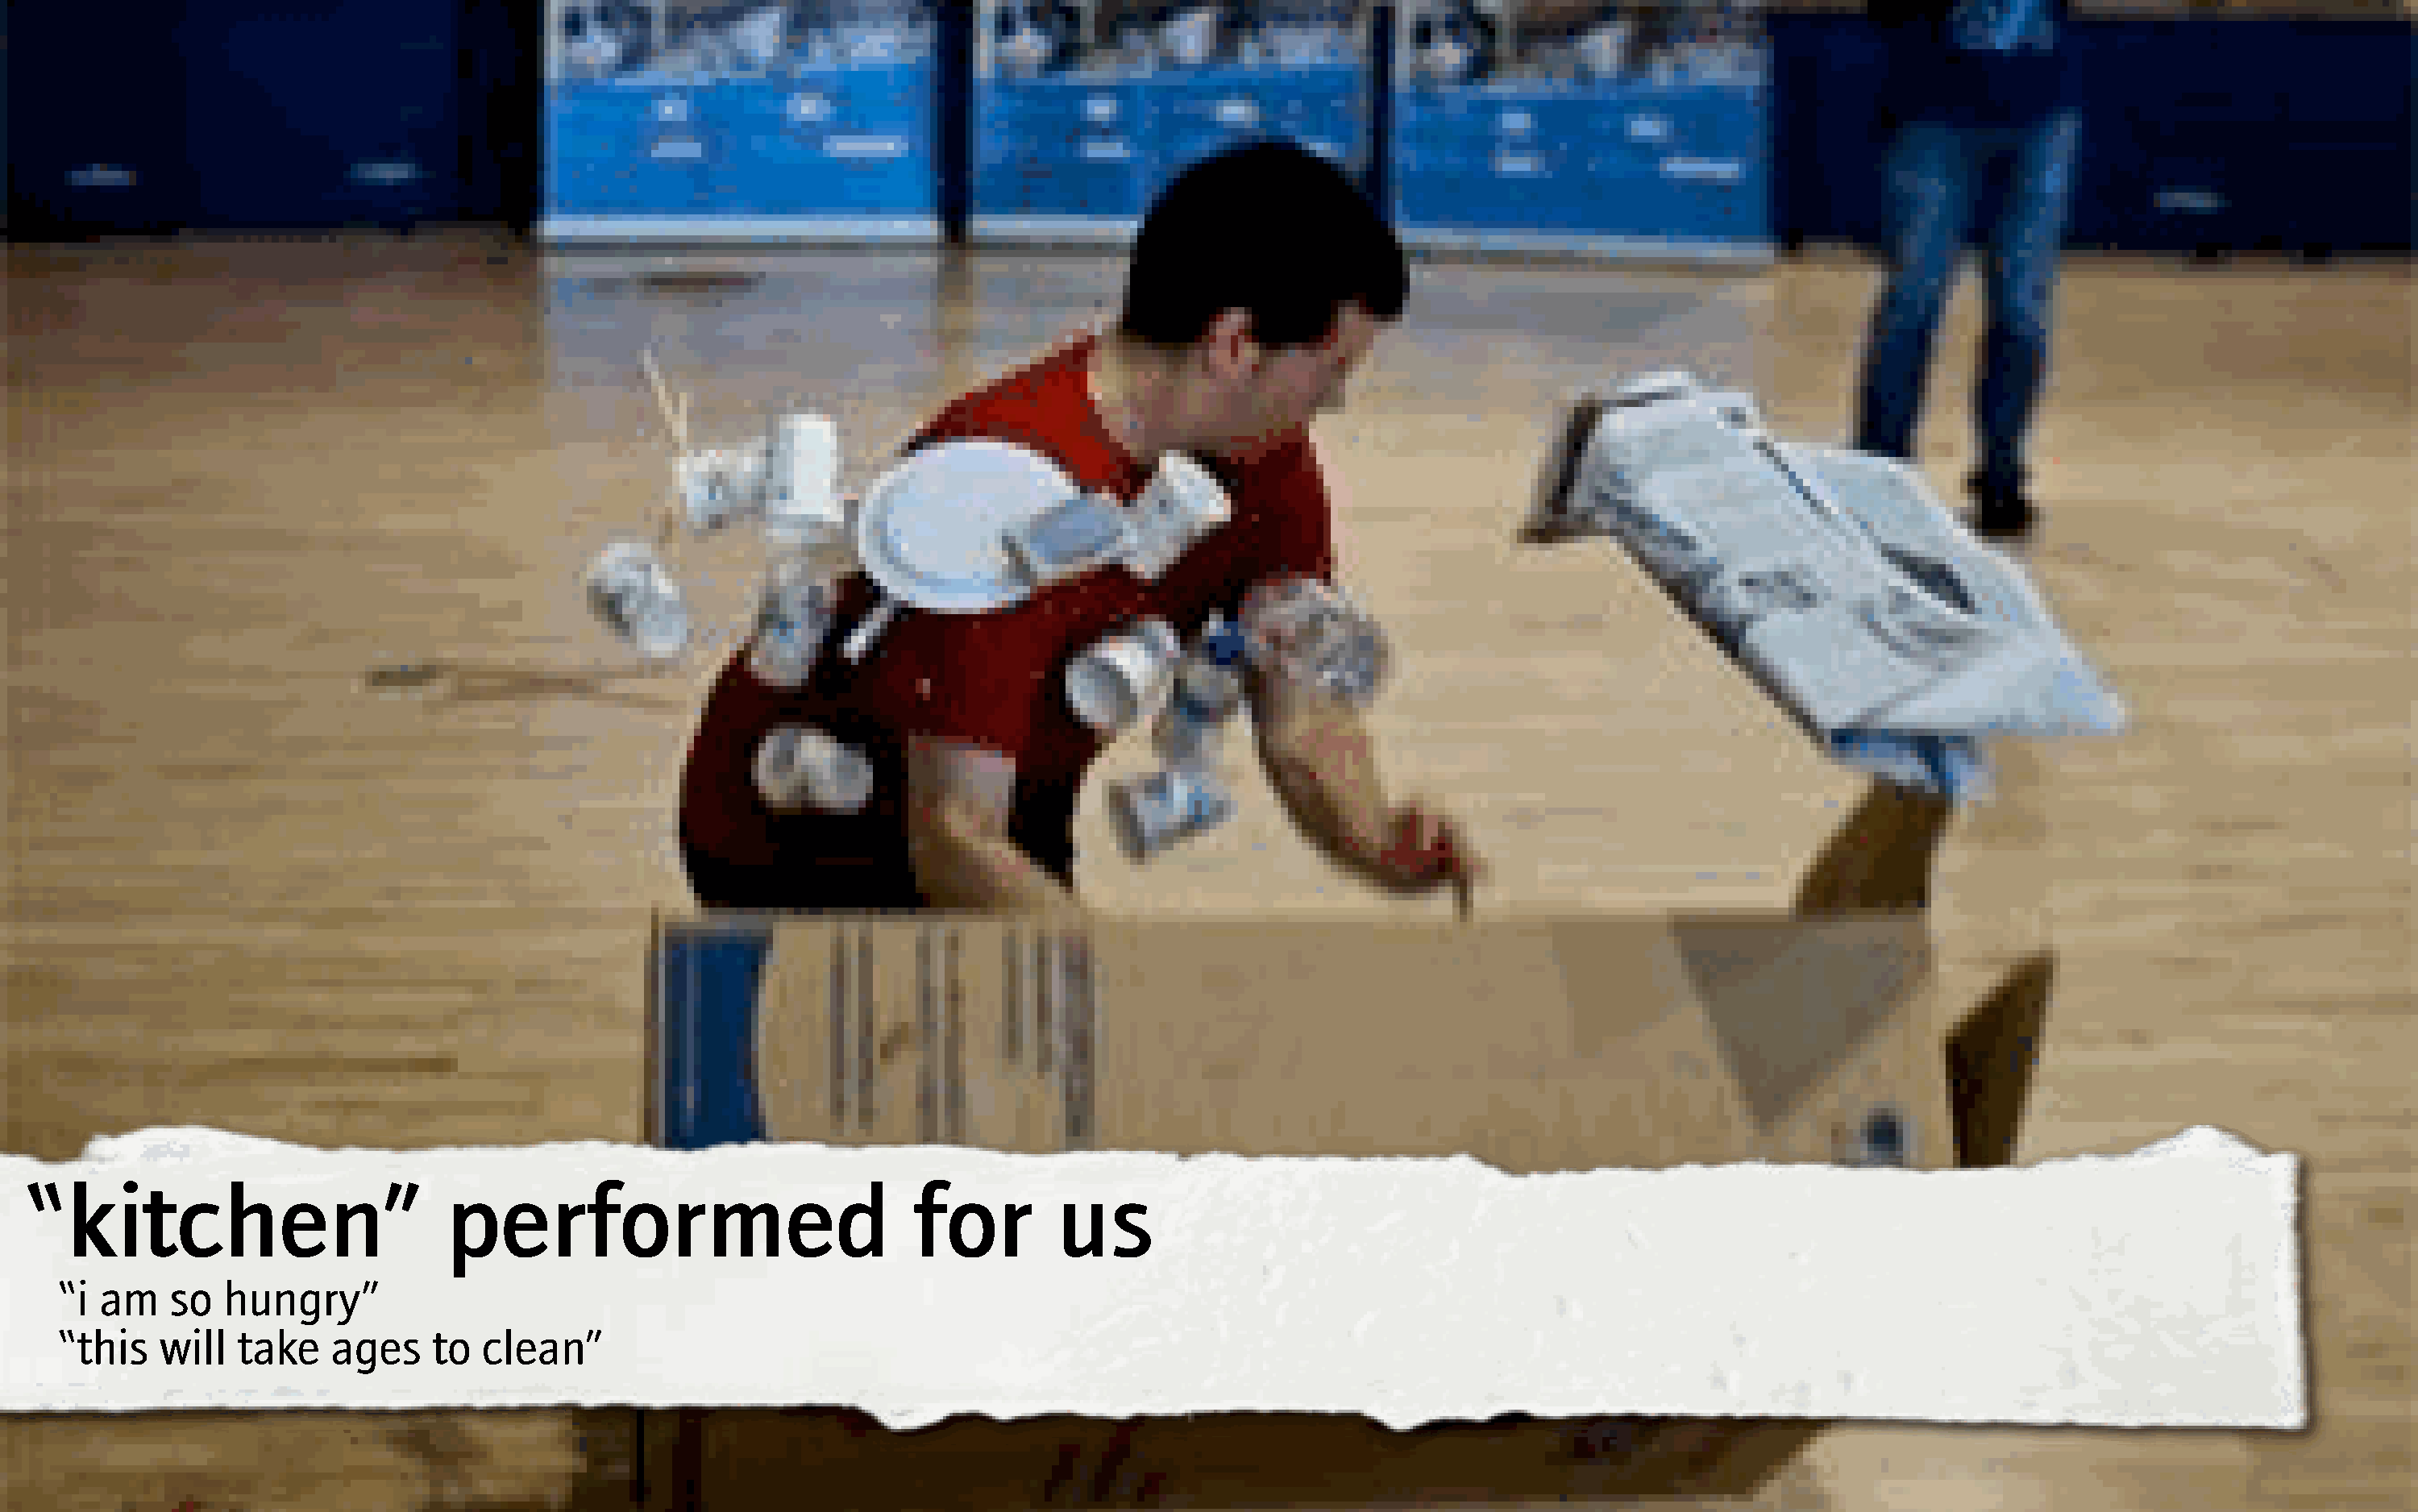
“kitchen”                          performed                             for         us
 “i am    so  hungry”
 “this   will  take    ages    to   clean”